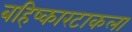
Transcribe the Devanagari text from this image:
बहिष्कारटाकला